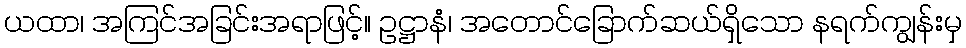
ယထာ၊ အကြင်အခြင်းအရာဖြင့်။ ဥဋ္ဌာနံ၊ အတောင်ခြောက်ဆယ်ရှိသော နရက်ကျွန်းမှ